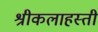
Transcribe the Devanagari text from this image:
श्रीकलाहस्ती